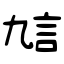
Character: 訄